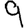
Digit: 9